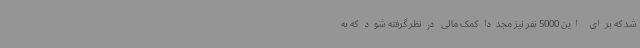
شد که برای این 5000 نفر نیز مجدداً کمک مالی درنظر گرفته شود که به